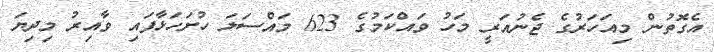
އެގޮތުން މިއަހަރުގެ ޖެނުއަރީ މަހު ވައްކަމުގެ 623 މައްސަލަ ހުށަހަޅާފައި ވާއިރު މިދިޔަ